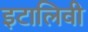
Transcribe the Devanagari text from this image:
इटालिवी